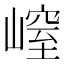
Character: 𡻜